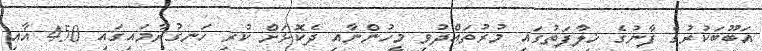
އަބޫބަކުރުގެ ފާނުގެ ޚިލާފަތުގައި މުރުތައްދުވި މީހުންނާއި ދެކޮޅަށް ކުރި ހަނގުރާމައިގައި 450 އާއި